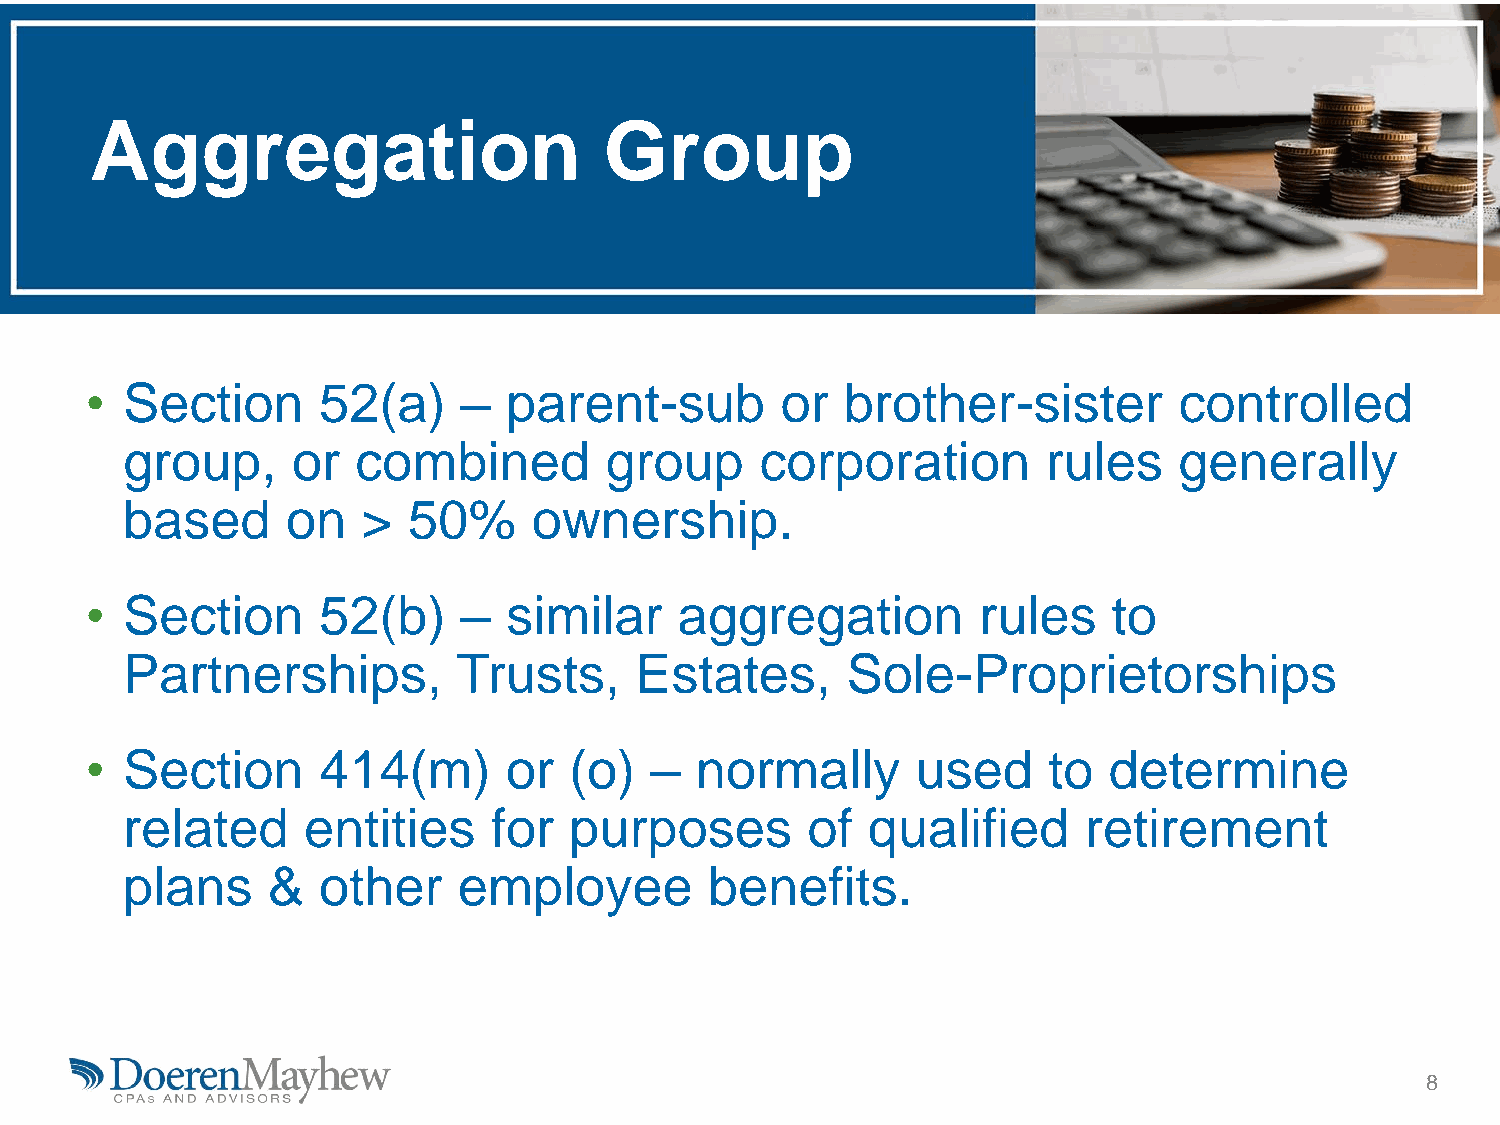
Aggregation                       Group
 • Section      52(a)     –  parent-sub        or  brother-sister        controlled
 group,     or   combined        group     corporation        rules    generally
 based      on   >  50%     ownership.
 • Section      52(b)     –  similar    aggregation         rules    to
 Partnerships,         Trusts,     Estates,      Sole-Proprietorships
 • Section      414(m)      or   (o)  –  normally       used    to  determine
 related     entities     for  purposes       of  qualified      retirement
 plans     &  other    employee         benefits.
 8